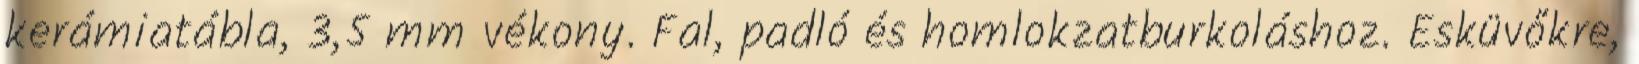
kerámiatábla, 3,5 mm vékony. Fal, padló és homlokzatburkoláshoz. Esküvőkre,